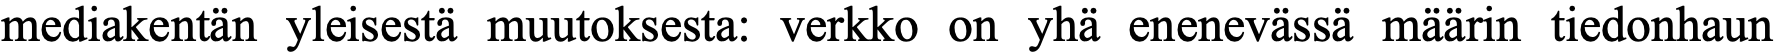
mediakentän yleisestä muutoksesta: verkko on yhä enenevässä määrin tiedonhaun